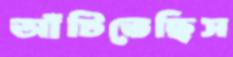
আঁটিতেছিস